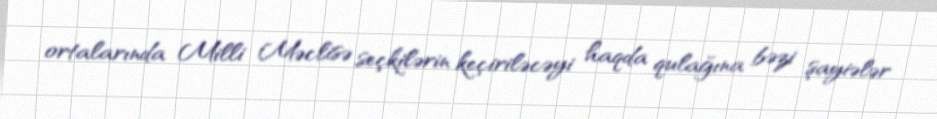
ortalarında Milli Məclisə seçkilərin keçiriləcəyi haqda qulağına bəzi şayiələr